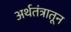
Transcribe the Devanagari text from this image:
अर्थतंत्रातून